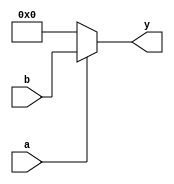
module conditional_assignment (
    input wire a,            // Single-bit input
    input wire [7:0] b,     // 8-bit input
    output wire [7:0] y     // 8-bit output
);

// Continuous assignment using ternary operator
assign y = (a) ? b : 8'b00000000; // If 'a' is true, assign 'b' to 'y'; else assign 0

endmodule